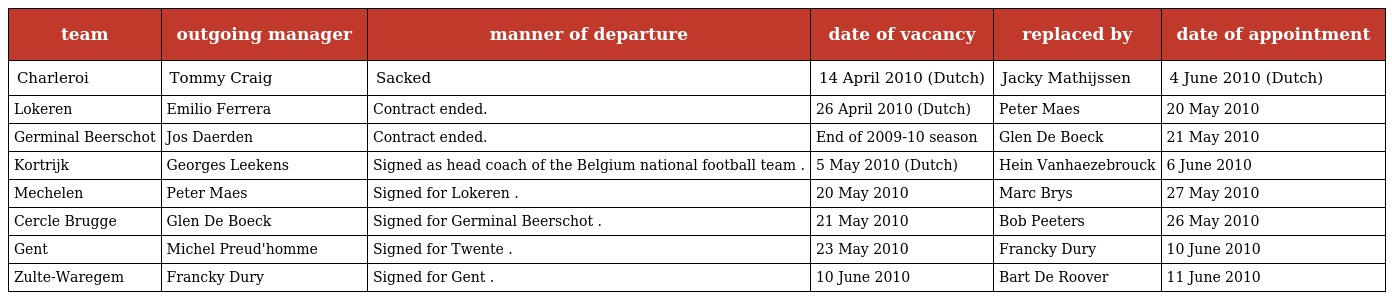
| team | outgoing manager | manner of departure | date of vacancy | replaced by | date of appointment |
 | --- | --- | --- | --- | --- | --- |
 | Charleroi | Tommy Craig | Sacked | 14 April 2010 (Dutch) | Jacky Mathijssen | 4 June 2010 (Dutch) |
 | Lokeren | Emilio Ferrera | Contract ended. | 26 April 2010 (Dutch) | Peter Maes | 20 May 2010 |
 | Germinal Beerschot | Jos Daerden | Contract ended. | End of 2009-10 season | Glen De Boeck | 21 May 2010 |
 | Kortrijk | Georges Leekens | Signed as head coach of the Belgium national football team . | 5 May 2010 (Dutch) | Hein Vanhaezebrouck | 6 June 2010 |
 | Mechelen | Peter Maes | Signed for Lokeren . | 20 May 2010 | Marc Brys | 27 May 2010 |
 | Cercle Brugge | Glen De Boeck | Signed for Germinal Beerschot . | 21 May 2010 | Bob Peeters | 26 May 2010 |
 | Gent | Michel Preud'homme | Signed for Twente . | 23 May 2010 | Francky Dury | 10 June 2010 |
 | Zulte-Waregem | Francky Dury | Signed for Gent . | 10 June 2010 | Bart De Roover | 11 June 2010 |